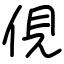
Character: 俔